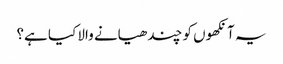
یہ آنکھوں کو چندھیانے والا کیا ہے؟